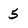
Character: 5